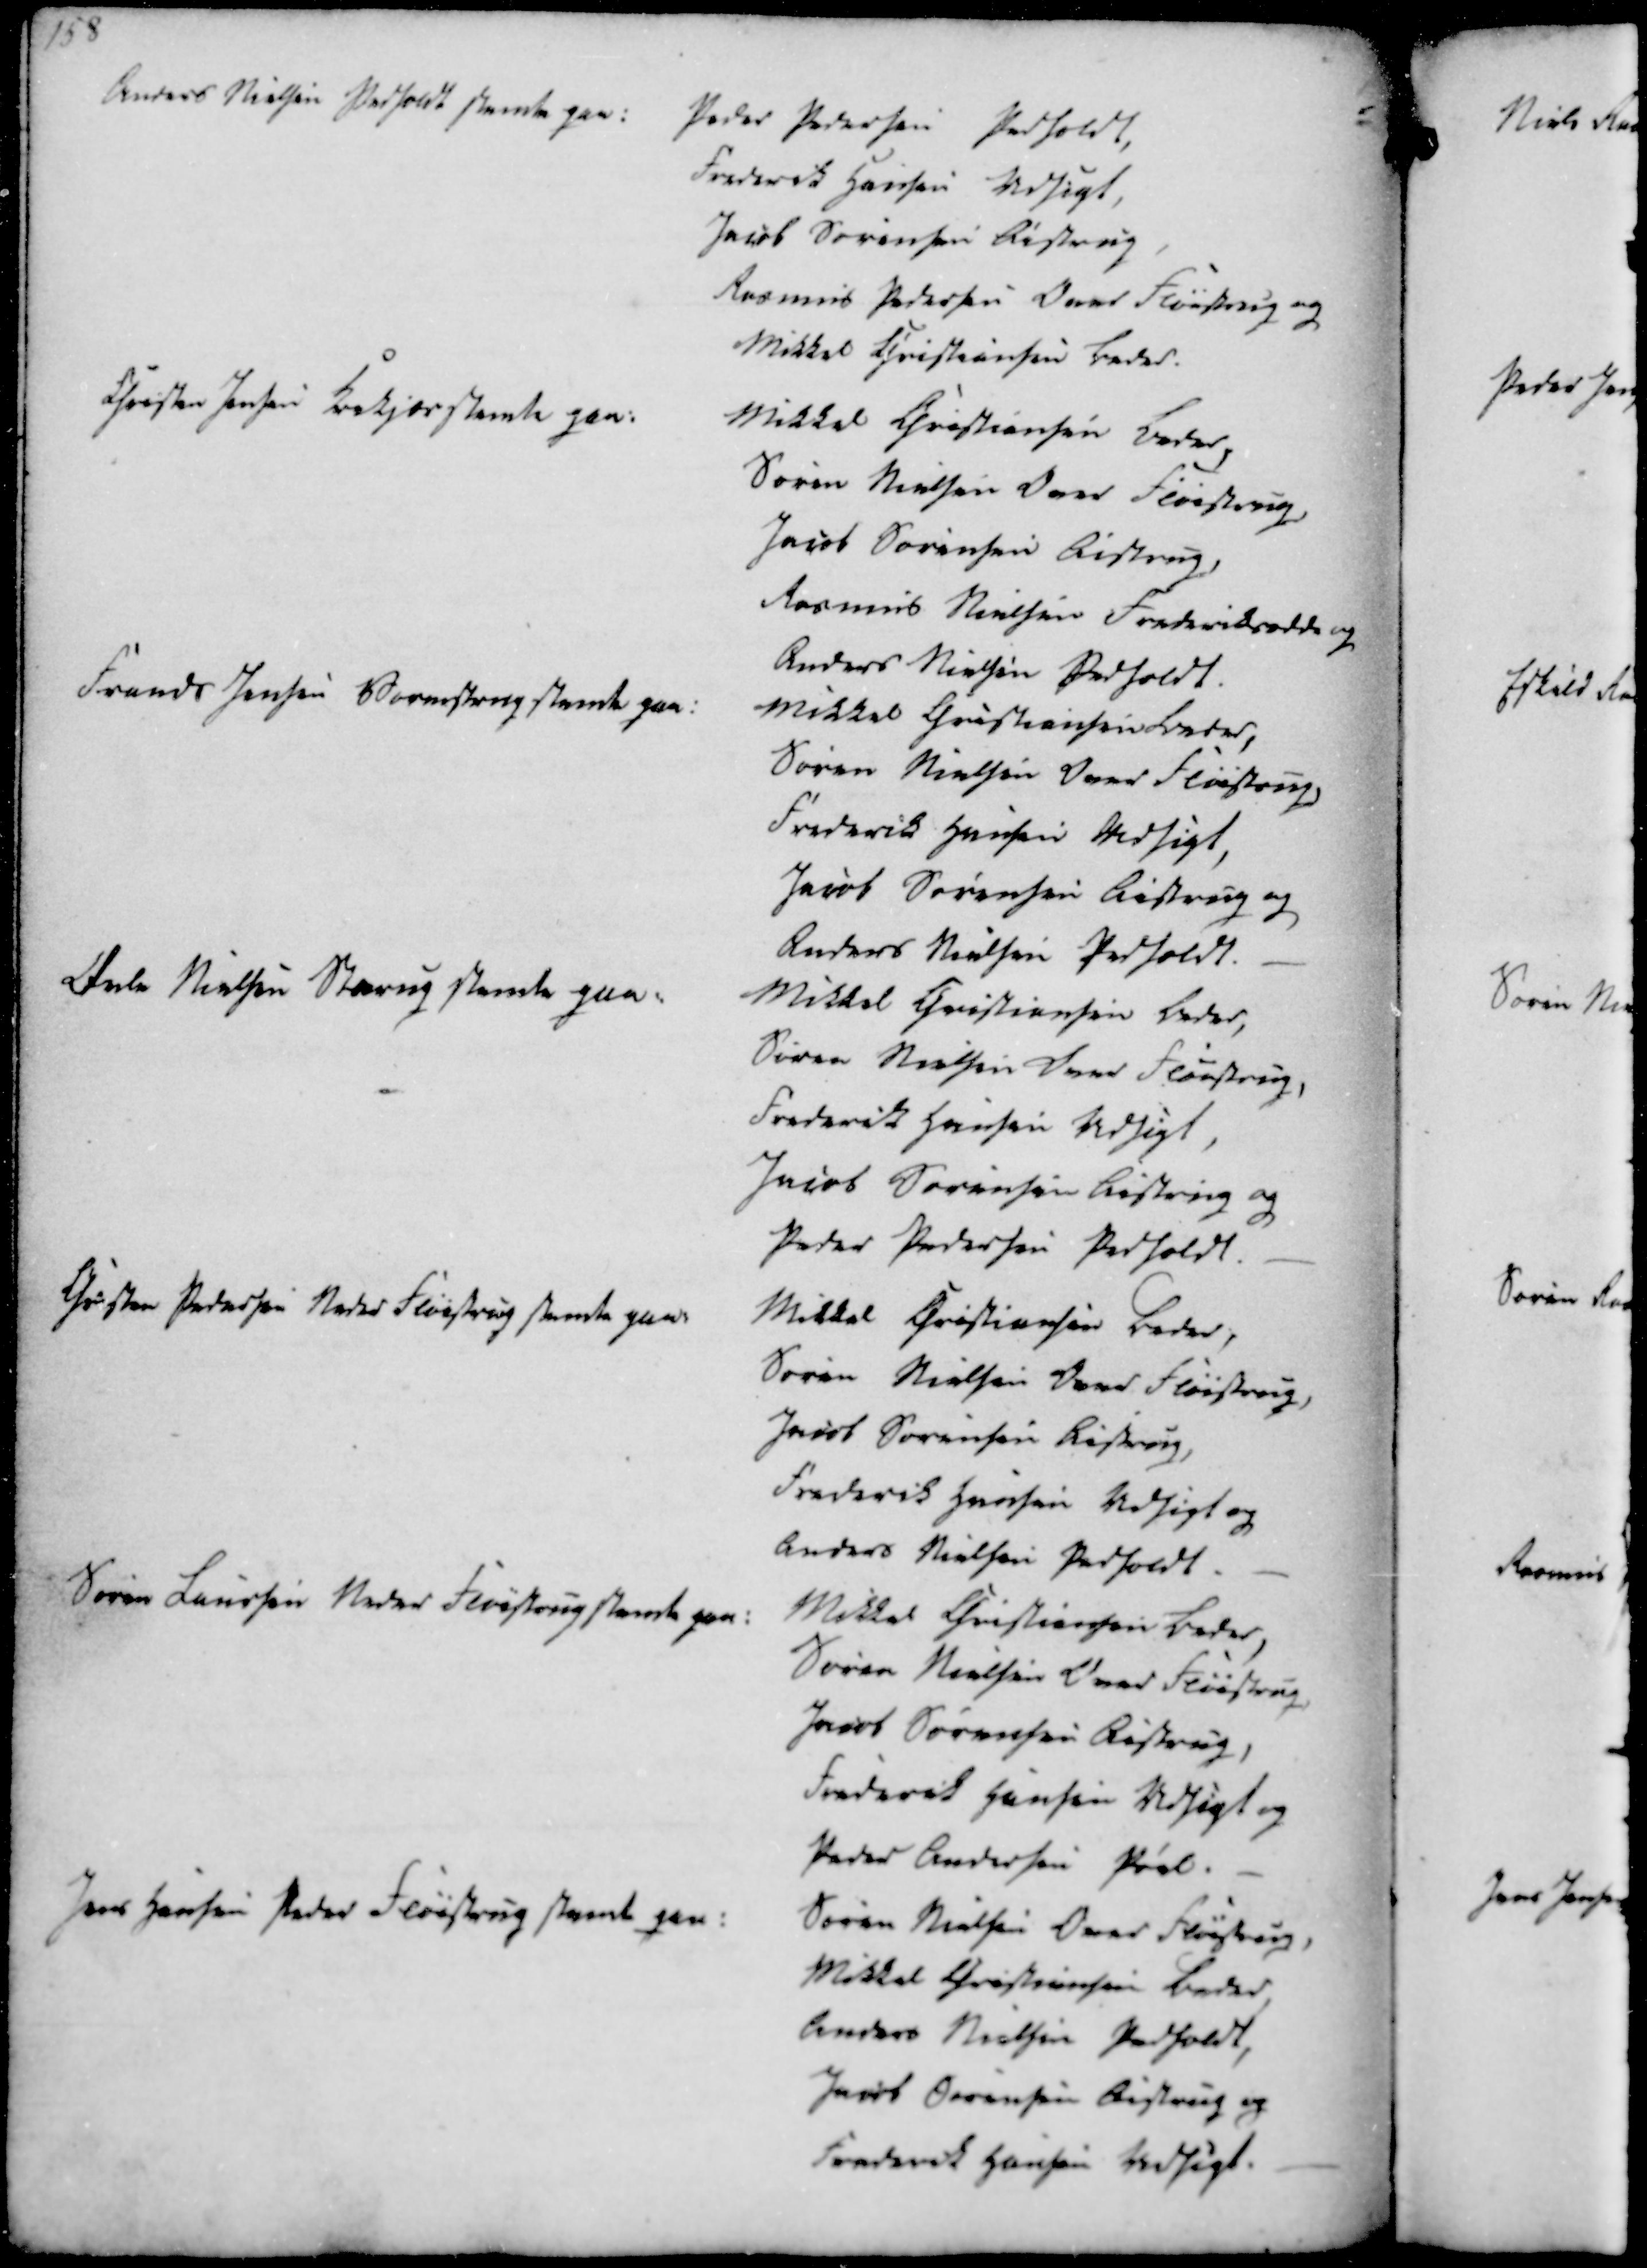
Transskription:
Anders Nielsen Pedholdt stemte paa:
Peder Pedersen Pedholdt,
Frederik Hansen Udsigt,
Jacob Sørensen Aistrup
Rasmus Pedersen Over Fløistrup og
Mikkel Christiansen Beder.
Christen Jensen Krekjær stemte paa:
Mikkel Christiansen Beder,
Søren Nielsen Over Fløistrup,
Jacob Sørensen Aistrup,
Rasmus Nielsen Frederiksodde og
Anders Nielsen Pedholdt.
Frands Jensen Vormstrup stemte paa:
Mikkel Christiansen Beder,
Søren Nielsen Over Fløistrup,
Frederik Hansen Vedsigt,
Jacob Sørensen Aistrup og
Anders Nielsen Pedholdt.

Øvle Nielsen Starup stemte paa:
Mikkel Christiansen Beder,
Søren Nielsen Over Fløistrup,
Frederik Hansen Vedsigt,
Jacob Sørensen Aistrup og
Peder Pedersen Pedholdt.
Christen Pedersen Neder Fløistrup stemte paa:
Mikkel Christiansen Beder,
Søren Nielsen Over Fløistrup
Jacob Sørensen Aistrup,
Frederik Hansen Vedsigt og
Anders Nielsen Pedholdt
Søren Laursen Neder Fløistrup stemte paa:
Mikkel Christiansen Beder,
Søren Nielsen Over Fløistrup
Jacob Sørensen Aistrup,
Frederik Hansen Vedsigt og
Peder Andersen Pøel.
Jens Hansen Neder Fløistrup stemte paa:
Søren Nielsen Over Fløistrup,
Mikkel Christiansen Beder,
Anders Nielsen Pedholdt,
Jacob Sørensen Aistrup og
Frederik Hansen Vedsigt.